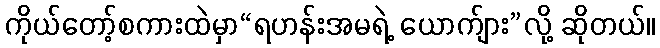
ကိုယ်တော့်စကားထဲမှာ“ရဟန်းအမရဲ့ ယောက်ျား”လို့ ဆိုတယ်။